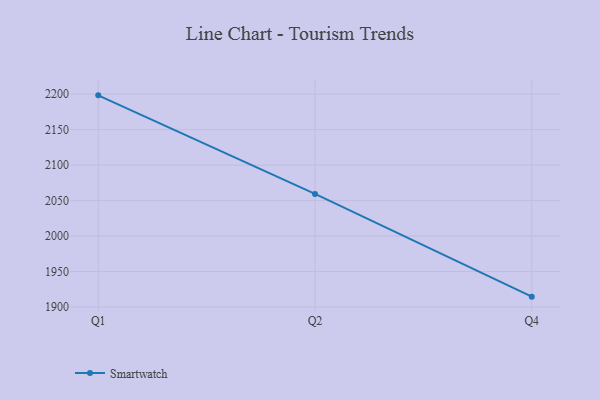
{"axis": {"x": "Quarter", "y": "Tickets Resolved"}, "legend": ["Smartwatch"], "data": [{"x": "Q1", "y": 2198.2, "type": "Smartwatch"}, {"x": "Q2", "y": 2059.3, "type": "Smartwatch"}, {"x": "Q4", "y": 1914.6, "type": "Smartwatch"}]}